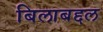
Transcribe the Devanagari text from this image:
बिलाबद्दल